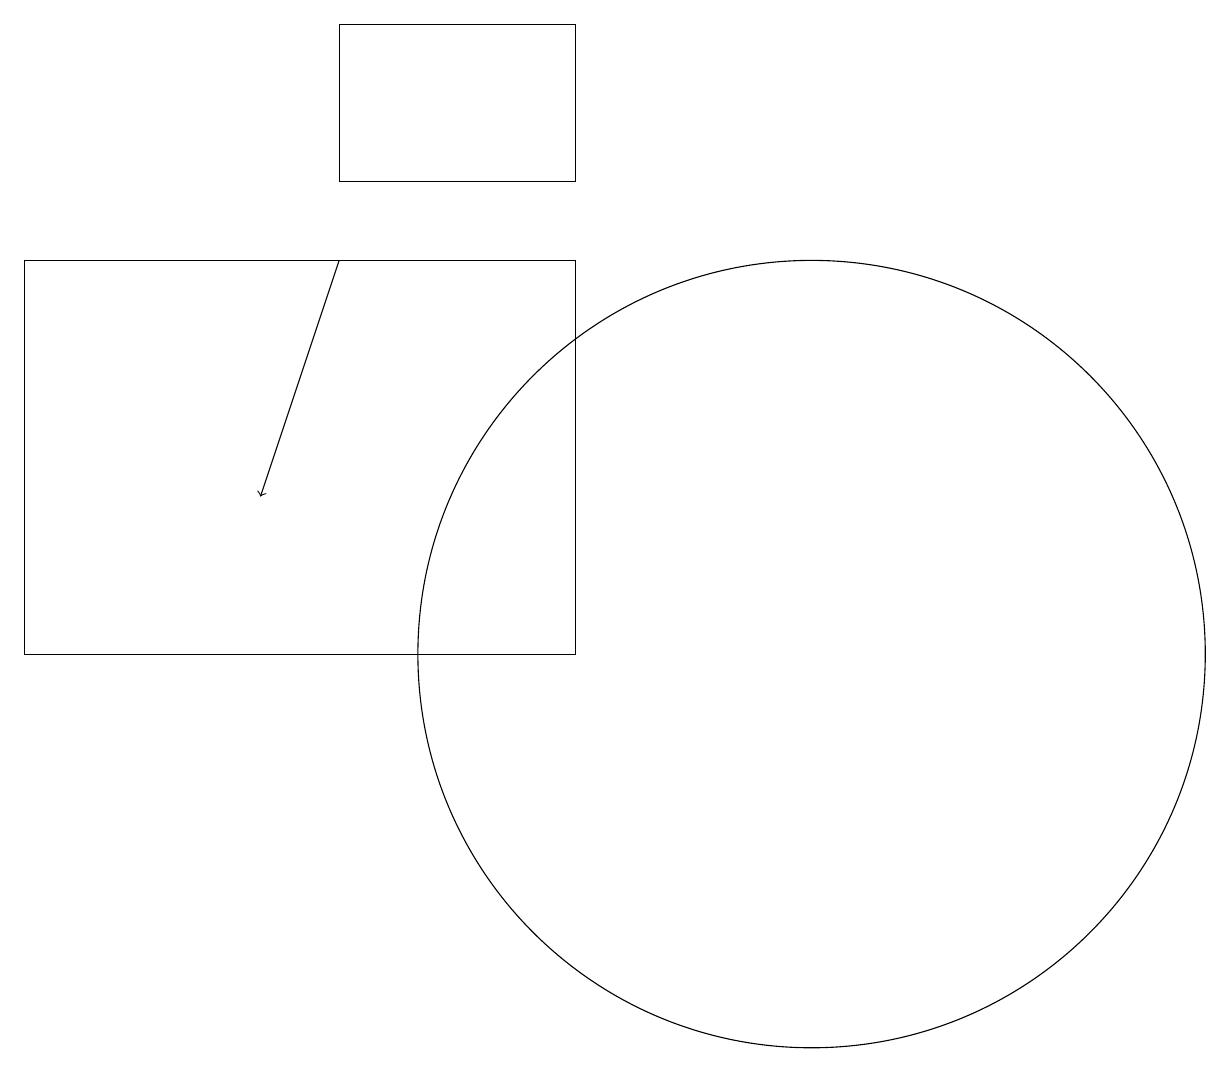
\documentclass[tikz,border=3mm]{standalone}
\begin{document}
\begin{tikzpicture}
\draw (8,16) rectangle (1,11);
\draw (8,19) rectangle (5,17);
\draw[->] (5,16) -- (4,13);
\draw (11,11) circle (5);
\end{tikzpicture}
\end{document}